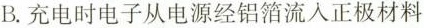
B.充电时电子从电源经铝箔流入正极材料